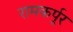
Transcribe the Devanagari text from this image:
रामकर्पूर